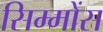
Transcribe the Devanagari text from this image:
सिम्मोंस